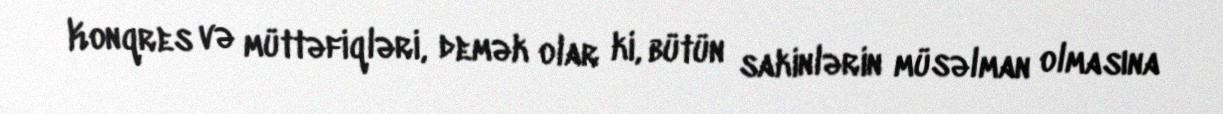
Konqres və müttəfiqləri, demək olar ki, bütün sakinlərin müsəlman olmasına